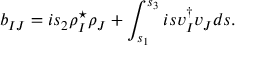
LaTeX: b _ { I J } = i s _ { 2 } \rho _ { I } ^ { \star } \rho _ { J } + \int _ { s _ { 1 } } ^ { s _ { 3 } } i s v _ { I } ^ { \dagger } v _ { J } d s .